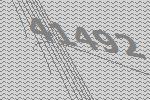
41492